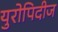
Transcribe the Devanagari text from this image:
युरोपिदीज